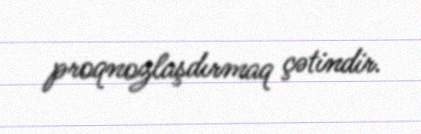
proqnozlaşdırmaq çətindir.